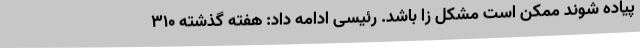
پیاده شوند ممکن است مشکل زا باشد. رئیسی ادامه داد: هفته گذشته ۳۱۰